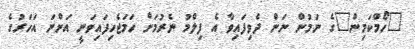
"ހޯމްކަމިން"ގެ ނަމުން ނަން ދެވިފައިވާ އެ ފިލްމު ނެރުމަށް ހަމަޖެހިފައިވަނީ އަންނަ އަހަރުގެ